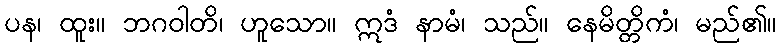
ပန၊ ထူး။ ဘဂဝါတိ၊ ဟူသော။ ဣဒံ နာမံ၊ သည်။ နေမိတ္တိကံ၊ မည်၏။